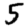
Digit: 5